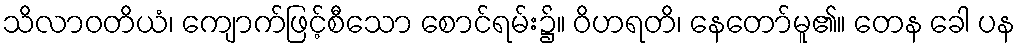
သိလာဝတိယံ၊ ကျောက်ဖြင့်စီသော စောင်ရမ်း၌။ ဝိဟရတိ၊ နေတော်မူ၏။ တေန ခေါ ပန